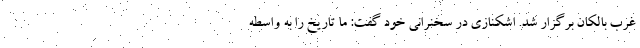
غرب بالکان برگزار شد. اشکنازی در سخنرانی خود گفت: ما تاریخ را به واسطه